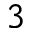
^ 3